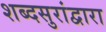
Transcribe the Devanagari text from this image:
शब्दसुरांद्वारा